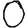
Digit: 0